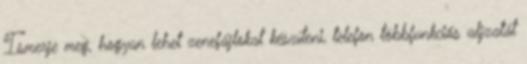
Ismerje meg, hogyan lehet zenefájlokat készíteni, telefon többfunkciós aljzatát